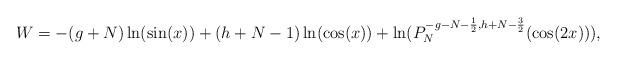
LaTeX: \begin{align*}W = -(g+N) \ln (\sin (x)) + (h+N-1) \ln (\cos (x)) + \ln (P_N^{-g-N-\frac{1}{2},h+N-\frac{3}{2}}(\cos(2x))) ,\end{align*}